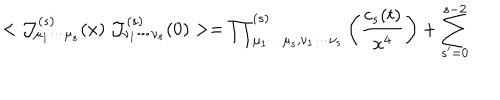
LaTeX: < { \cal J } _ { \mu _ { 1 } \cdots \mu _ { s } } ^ { ( s ) } ( x ) ~ { \cal J } _ { \nu _ { 1 } \cdots \nu _ { s } } ^ { ( s ) } ( 0 ) > = { \prod } _ { \mu _ { 1 } \cdots \mu _ { s } , \nu _ { 1 } \cdots \nu _ { s } } ^ { ( s ) } \left( { \frac { c _ { s } ( t ) } { x ^ { 4 } } } \right) + \sum _ { s ^ { \prime } = 0 } ^ { s - 2 }